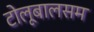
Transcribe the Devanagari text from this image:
टोलूबालसम